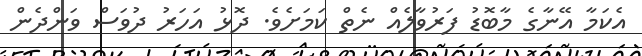
އެކަމާ އޭނާގެ މާބޮޑު ފަރުވާލެއް ނެތް ކަމަށެވެ. ދޮޅު އަހަރު ދުވަސް ވަންދެން